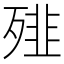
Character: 𩐁